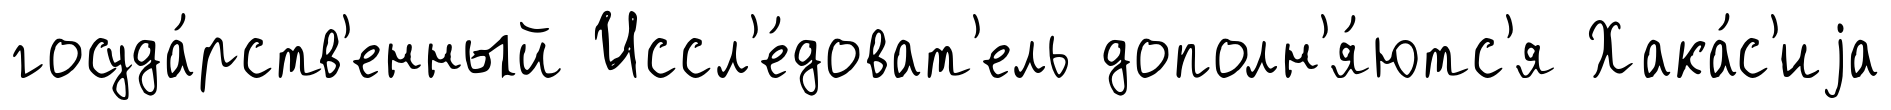
госуда́рств'енный Иссл'е́доват'ель дополн'я́ютс'я Хака́с'иjа